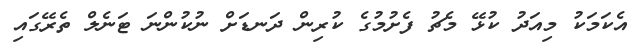
އެކަމަކު މިއަދު ކުޅޭ މެޗު ފެށުމުގެ ކުރިން ދަނޑަށް ނުކުންނަ ޓަނެލް ތެރޭގައި